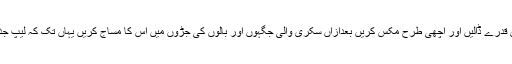
وہ انڈوں کی زردی نکال کر اس میں لیموں کا رس قدرے ڈالیں اور اچھی طرح مکس کریں بعدازاں سکری والی جگہوں اور بالوں کی جڑوں میں اس کا مساج کریں یہاں تک کہ لیپ جذب ہو جائے بعد میں ٹھنڈے پانی سے بال دھو لیں۔